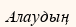
Алаудың